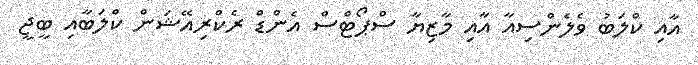
އާއި ކްލަބު ވެލެންސިއާ އާއި މާޒިޔާ ސްޕޯޓްސް އެންޑް ރެކްރިއޭޝަން ކްލަބާއި ބީޖީ